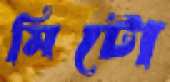
মিটো